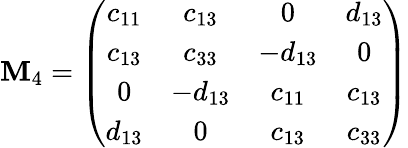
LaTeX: \mathbf{M}_{4}=\left(\begin{array}{cccc}{{c_{11}}}&{{c_{13}}}&{{0}}&{{d_{13}}}\\ {{c_{13}}}&{{c_{33}}}&{{-d_{13}}}&{{0}}\\ {{0}}&{{-d_{13}}}&{{c_{11}}}&{{c_{13}}}\\ {{d_{13}}}&{{0}}&{{c_{13}}}&{{c_{33}}}\end{array}\right)